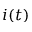
i ( t )